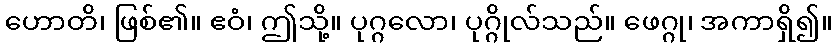
ဟောတိ၊ ဖြစ်၏။ ဧဝံ၊ ဤသို့။ ပုဂ္ဂလော၊ ပုဂ္ဂိုလ်သည်။ ဖေဂ္ဂု၊ အကာရှိ၍။